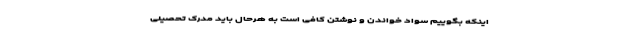
اینکه بگوییم سواد خواندن و نوشتن کافی است به هرحال باید مدرک تحصیلی